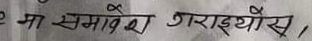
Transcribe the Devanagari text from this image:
मा समावेश गराइयोस् ।